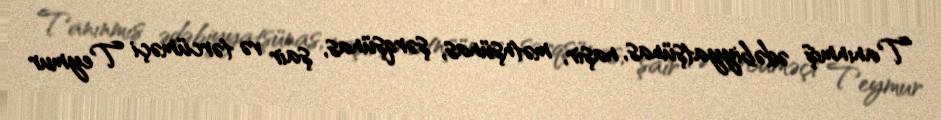
Tanınmış ədəbiyyatşünas, naşir, mətnşünas, şərqşünas, şair və tərcüməçi Teymur